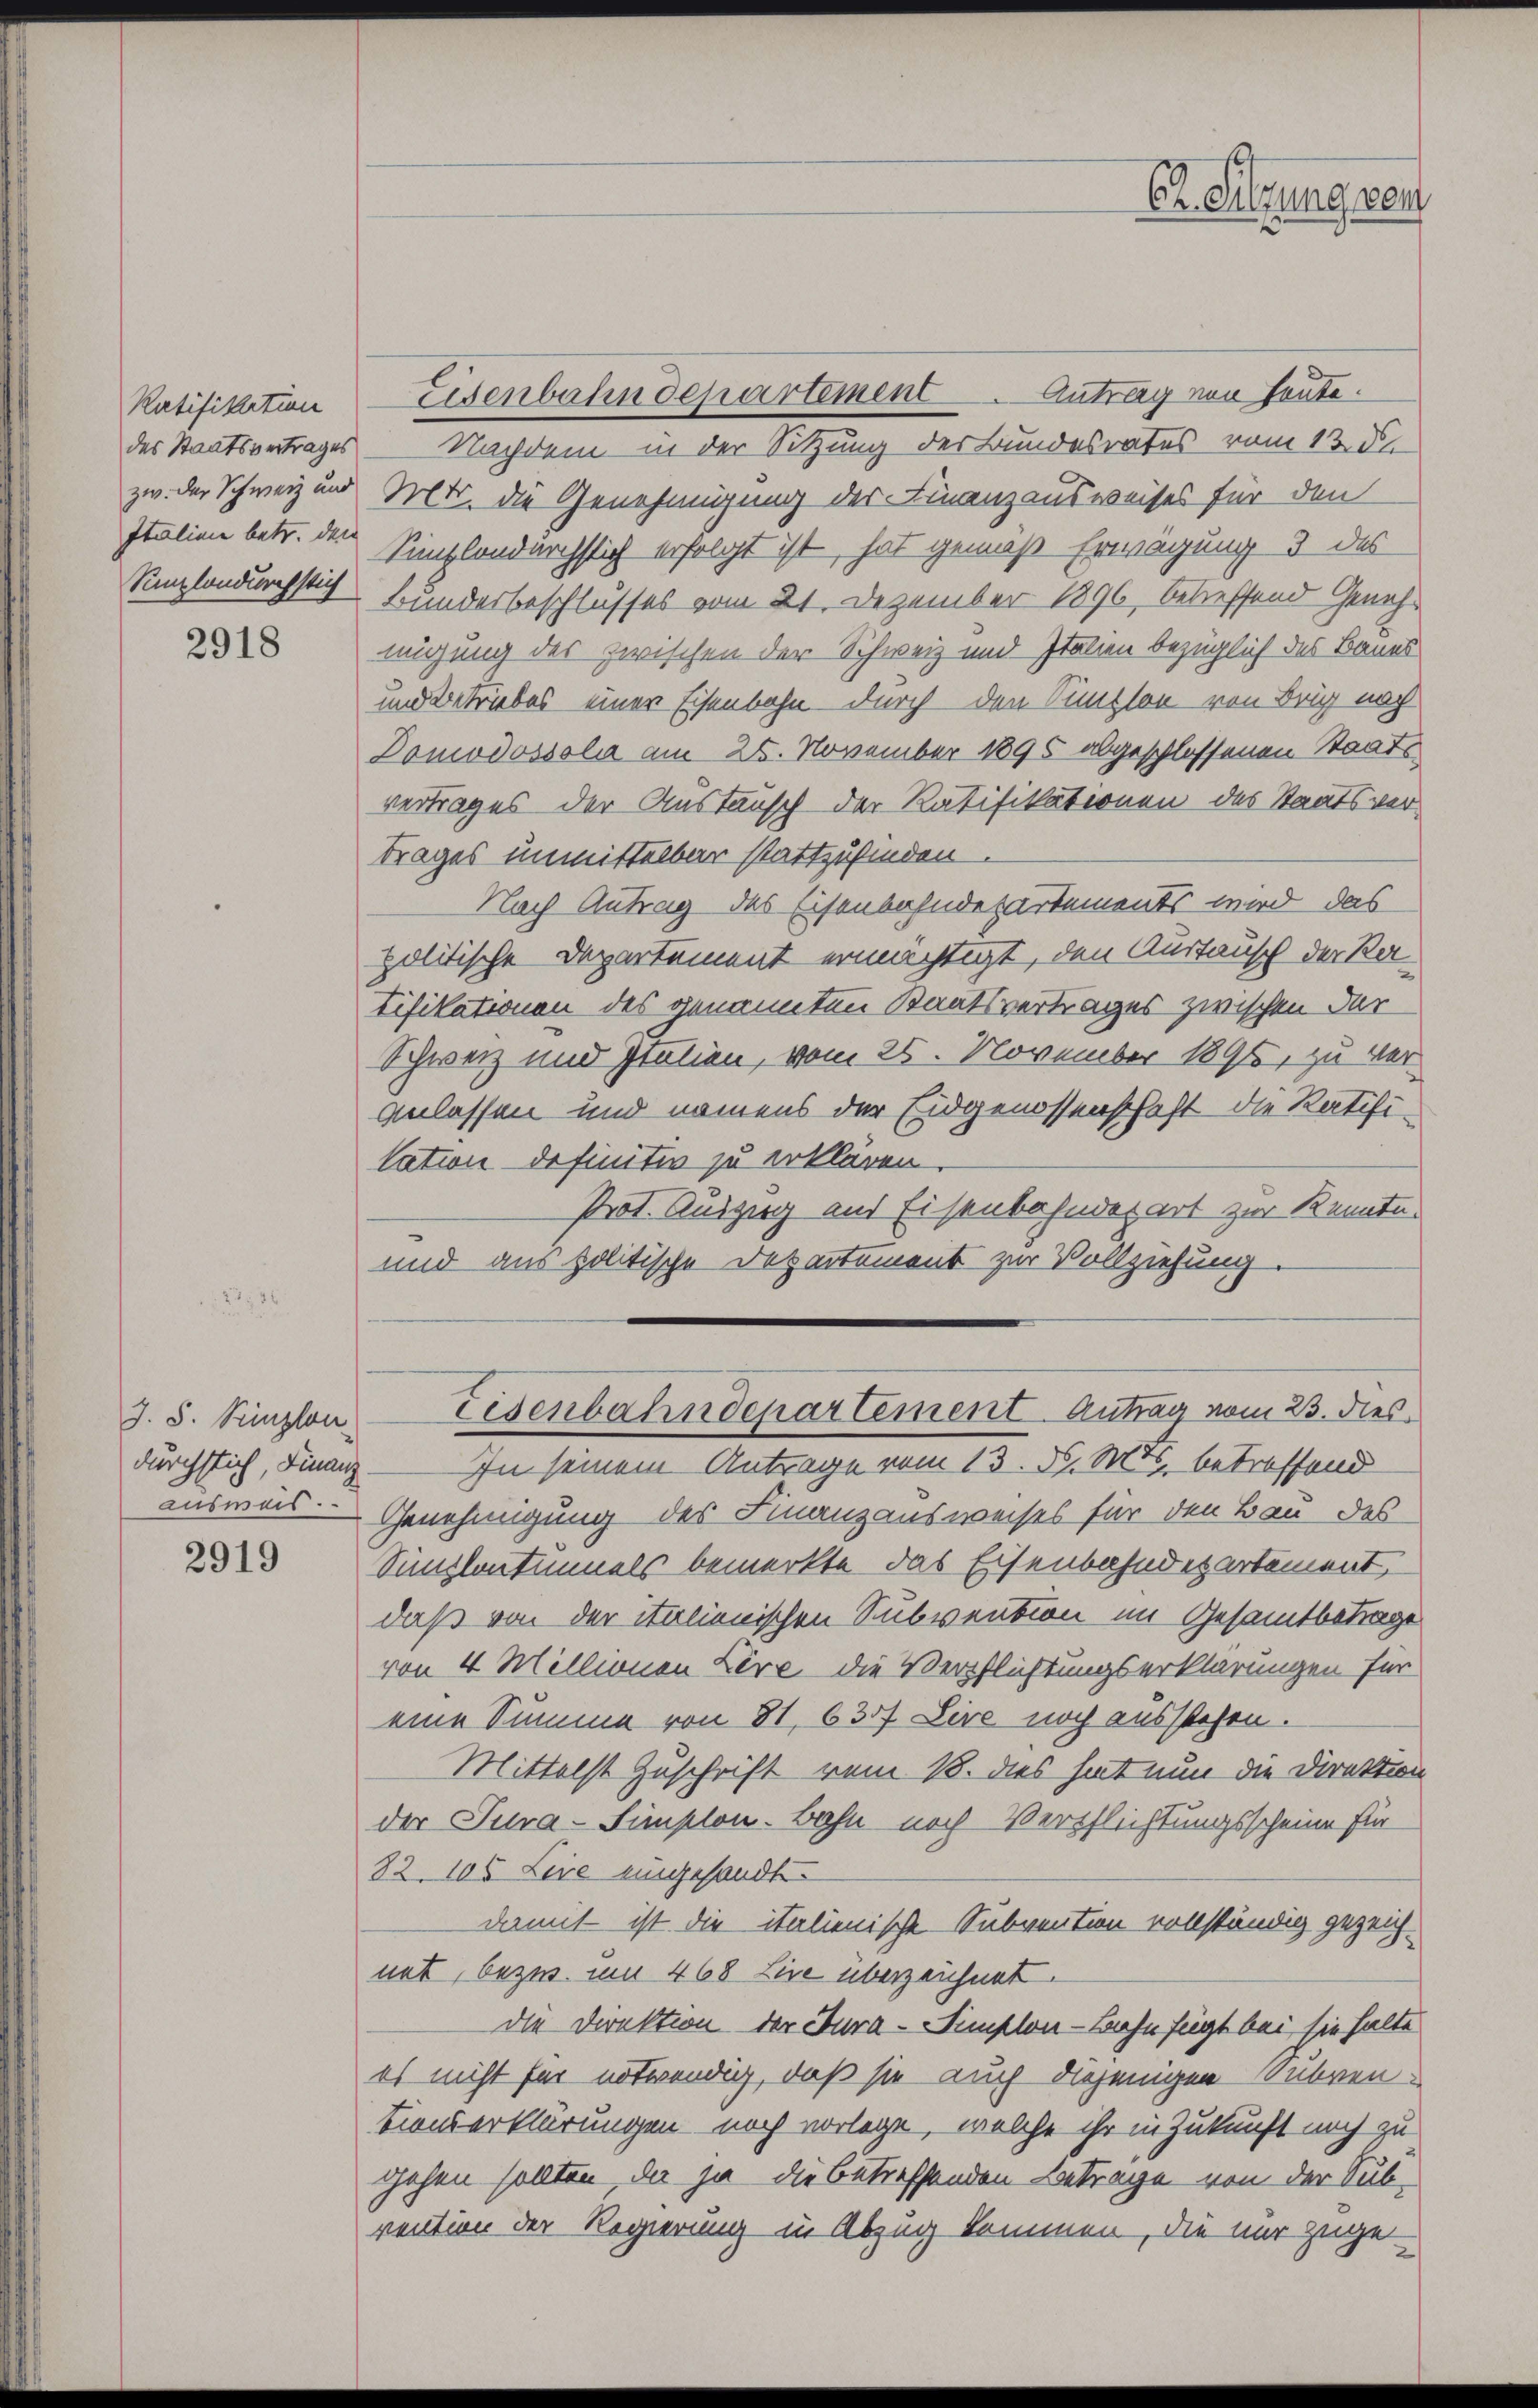
Ratifikation
des Staatsvertrages
Italinie betr. den
Sunzlandurchstich

2918

durchstich, Finanz
auswas.

2919

Eisenbahndepartement. Antrag von heute.
Nachdem in der Sitzung der Bundesrates vom 13. d.
zw. der Schweiz und Mtr. die Genehmigung der Finanzausweises für den
Singlandurchstich erfolgt ist, hat gemäß Erwägung 3 des
Bundesbeschlusses vom 21. Dezember 1896, betreffend Genehmigung des zwischen der Schweiz und Italien bezüglich des Baues
und Betriebes einer Eisenbahn durch den Simplon von Brig nach
Domodossola am 25. November 1895 abgeschlossenen Staats
vertrages der Austausch der Ratifikationen des Staatsvertrages unmittelbar stattzufinden.
Nach Antrag des Eisenbahndepartements wird das
politische Departement ermächtigt, den Austausch der Retifikationen des genannten Staatsvertrages zwischen der
Schweiz und Italien, vom 25. November 1891, zu ver¬
Anlassen und namens der Eidgenossenschaft die Ratifi-
lation definitiv zu erklären.
Prot. Auszug und Eisenbahndepart zur Kenntn
und aus politische Departement zur Vollziehung.

In seinem Antrage vom 13. d. Mts. betreffend
Genehmigung des Finanzausweises für den Bau des
Sinplantinmals bemerkte das Eisenbahndepartement,
daß von der italienischen Subvention im Gesamtbetrage
von 4 Millionen Lire die Verpflichtungserklärungen für
eine Summe von 81, 630f Live noch ausstehen.
Mittelst Zuschrift vom 18. dies hat nun die Direktion
der Tura-Simplon Bahn noch Verpflichtungsscheine für
82. 105 Lire eingesandt.
damit ist die italienische Subvention vollständig gezeichnet, bezw. um 468 Lire überzeichnet.
die Direktion der Jura-Simplon - Bahn fügt bei sie halte
es nicht für notwendig, daß sie auch diejenigen Subven
tionserklärungen noch vorlege, welche ihr in Zukunft noch zu
gehen sollten, da ja die betreffenden Betrage von der Subvention der Regierung in Abzug kommen, die nur zuge-

Ch. Sitzung von

J. 8. Simplon Eisenbahndepartement Antrag vom 23. dies